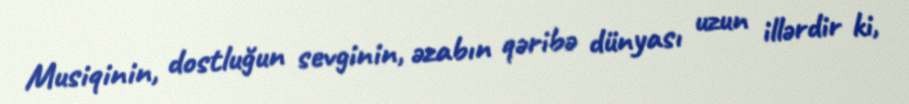
Musiqinin, dostluğun sevginin, əzabın qəribə dünyası uzun illərdir ki,